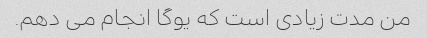
من مدت زیادی است که یوگا انجام می دهم.